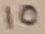
Text: 10